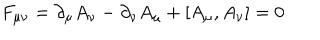
F _ { \mu \nu } = \partial _ { \mu } A _ { \nu } - \partial _ { \nu } A _ { \mu } + [ A _ { \mu } , A _ { \nu } ] = 0